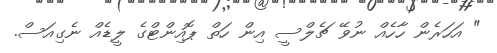
" އަހަރެން ހާހެއް ނުވޭ ޗެލްސީ އިން ހަތް ޕޮއިންޓްގެ ލީޑެއް ނެގިއަސް.